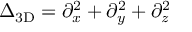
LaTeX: \Delta _ { \mathrm { 3 D } } = \partial _ { x } ^ { 2 } + \partial _ { y } ^ { 2 } + \partial _ { z } ^ { 2 }